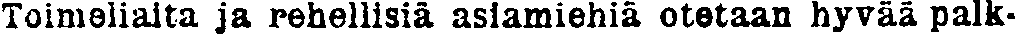
Toimeliaita ja rehellisiä asiamiehiä otetaan hyvää palk-